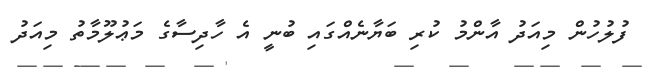
ފުލުހުން މިއަދު އާންމު ކުރި ބަޔާނެއްގައި ބުނީ އެ ހާދިސާގެ މަޢުލޫމާތު މިއަދު